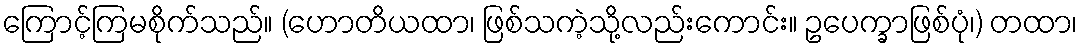
ကြောင့်ကြမစိုက်သည်။ (ဟောတိယထာ၊ ဖြစ်သကဲ့သို့လည်းကောင်း။ ဥပေက္ခာဖြစ်ပုံ၊) တထာ၊